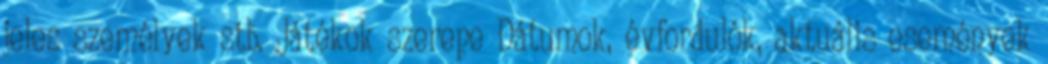
jeles személyek stb. Játékok szerepe Dátumok, évfordulók, aktuális események